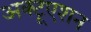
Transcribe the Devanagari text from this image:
अक्टूएशन